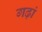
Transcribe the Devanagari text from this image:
गढ़ां